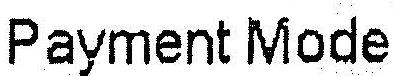
PAYMENT MODE